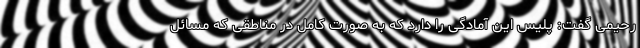
رحیمی گفت: پلیس این آمادگی را دارد که به صورت کامل در مناطقی که مسائل